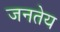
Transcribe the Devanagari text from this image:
जनतेय